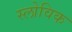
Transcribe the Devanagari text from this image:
स्लोविक